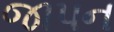
જાપન